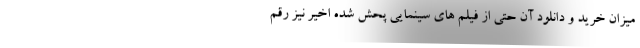
میزان خرید و دانلود آن حتی از فیلم های سینمایی پحش شده اخیر نیز رقم